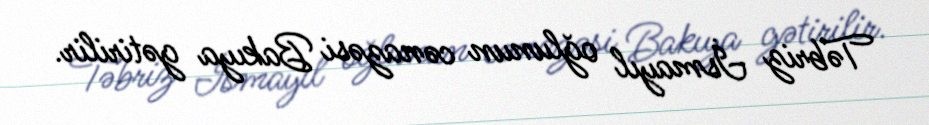
Təbriz İsmayıl oğlunun cənazəsi Bakıya gətirilir.